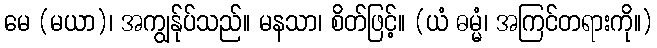
မေ (မယာ)၊ အကျွန်ုပ်သည်။ မနသာ၊ စိတ်ဖြင့်။ (ယံ ဓမ္မံ၊ အကြင်တရားကို။)